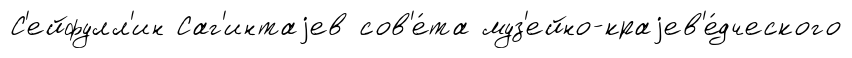
С'ейфулл'ин Саг'интаjев сов'е́та муз'ейно-краjев'е́дческого